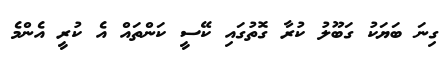
ގިނަ ބަޔަކު ގަބޫލު ކުރާ ގޮތުގައި ކޭސީ ކަންތައް އެ ކުރީ އެންމެ